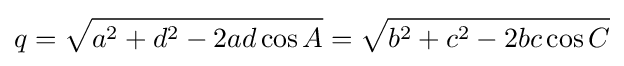
q={\sqrt {a^{2}+d^{2}-2ad\cos {A}}}={\sqrt {b^{2}+c^{2}-2bc\cos {C}}}